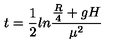
t = \frac { 1 } { 2 } l n \frac { \frac { R } { 4 } + g H } { \mu ^ { 2 } }